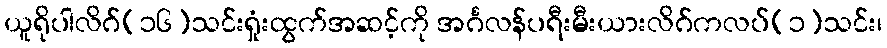
ယူရိုပါလိဂ်(၁၆)သင်းရှုံးထွက်အဆင့်ကို အင်္ဂလန်ပရီးမီးယားလိဂ်ကလပ်(၁)သင်း၊